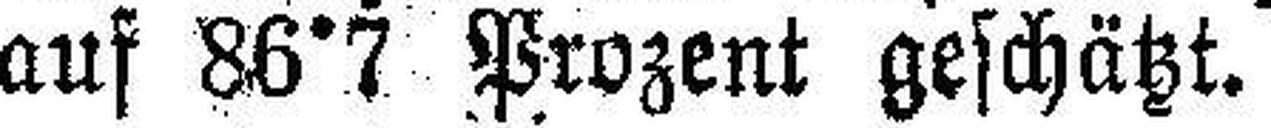
auf 86°7 Prozent geschätzt.